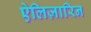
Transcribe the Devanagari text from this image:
ऐलिज़ारिन